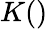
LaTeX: K()